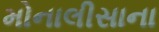
મોનાલીસાના